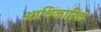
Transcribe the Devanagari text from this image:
अाधिकारिक